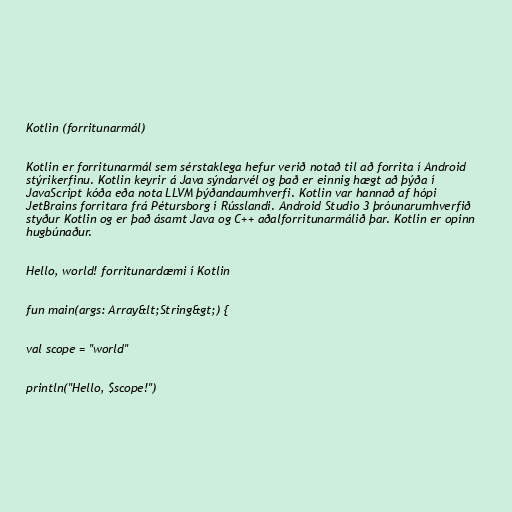
Kotlin (forritunarmál)

Kotlin er forritunarmál sem sérstaklega hefur verið notað til að forrita í Android
stýrikerfinu. Kotlin keyrir á Java sýndarvél og það er einnig hægt að þýða í
JavaScript kóða eða nota LLVM þýðandaumhverfi. Kotlin var hannað af hópi
JetBrains forritara frá Pétursborg í Rússlandi. Android Studio 3 þróunarumhverfið
styður Kotlin og er það ásamt Java og C++ aðalforritunarmálið þar. Kotlin er opinn
hugbúnaður.

Hello, world! forritunardæmi í Kotlin

fun main(args: Array&lt;String&gt;) {

val scope = "world"

println("Hello, $scope!")